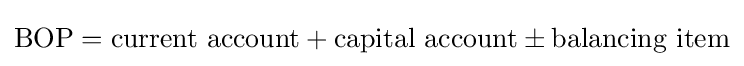
{\text{BOP}}={\text{current account}}+{\text{capital account}}\pm {\text{balancing item}}